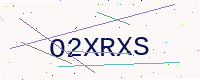
Text: O2XRXS